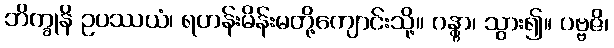
ဘိက္ခုနိ ဥပဿယံ၊ ရဟန်းမိန်းမတို့ကျောင်းသို့။ ဂန္တွာ၊ သွား၍။ ပဗ္ဗဇိ၊